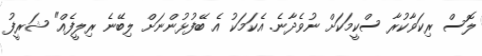
ލޮސް ރިކަވާކުރާ ސްކީމަކަށް ނުވެދާނެ. އެކަމަކު އެ ބޭފުޅުންނަށް ލިބޭނެ ރިލީފެއް" ޝަރީފު